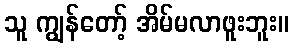
သူ ကျွန်တော့် အိမ်မလာဖူးဘူး။